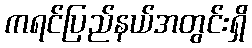
ကရင်ပြည်နယ်အတွင်းရှိ